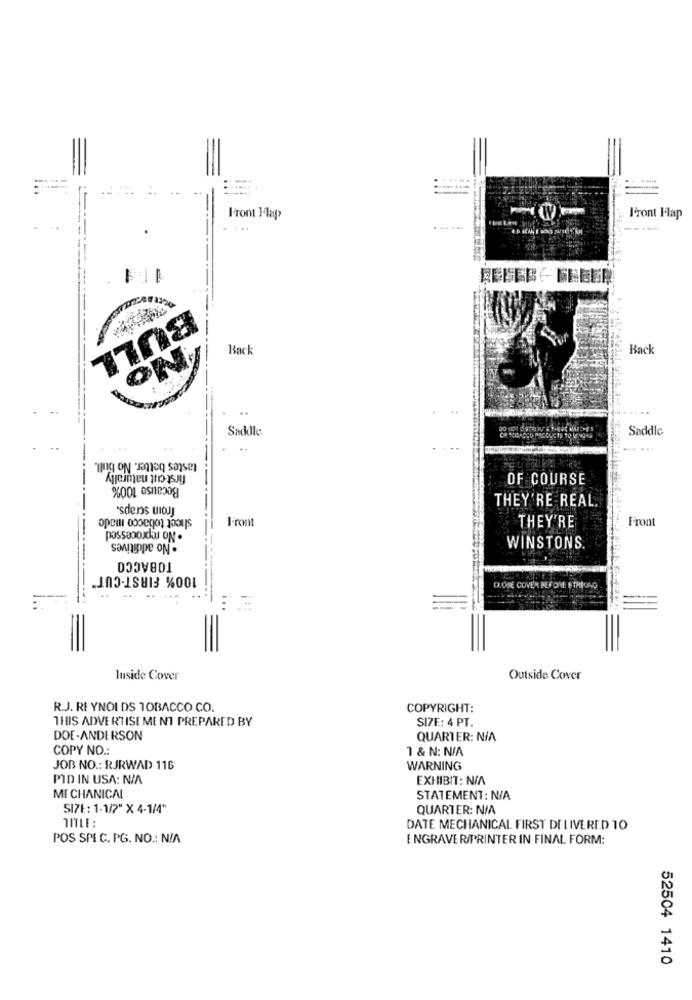
===.
Front Flap
Iront Map
...
BULL
Back
Back
ON
:
Saddle
Saddle
...
tastes better. No bull.
first cut naturally
Because 100%
OF COURSE
froin scraps.
THEY'RE REAL.
sheet tobacco made
Front
THEY'RE
Front
possanoxku ON .
· No additives
WINSTONS.
TOBACCO
----
100% FIRST-CUT"
DLOSE COVER BEFORE STRPOLO
luside Cover
Outside Cover
R.J. REYNOLDS TOBACCO CO.
COPYRIGHT:
THIS ADVERTISEMENT PREPARED BY
SIZE: 4 PT.
DOE-ANDERSON
QUARTER: N/A
COPY NO .:
1 & N: N/A
JOB NO .: RJRWAD 116
WARNING
PID IN USA: N/A
EXHIBIT: N/A
MI-CHANICAL
STATEMENT: N/A
SI71 : 1-1/2" X 4-1/4"
QUARTER: N/A
DATE MECHANICAL FIRST DELIVERED 10
POS SPEC. PG. NO .: N/A
ENGRAVER/PRINTER IN FINAL FORM:
52504 1410